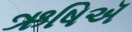
ઋષિઍ